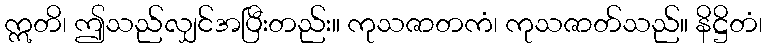
ဣတိ၊ ဤသည်လျှင်အပြီးတည်း။ ကုသဇာတကံ၊ ကုသဇာတ်သည်။ နိဋ္ဌိတံ၊